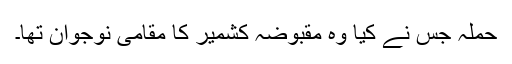
حملہ جس نے کیا وہ مقبوضہ کشمیر کا مقامی نوجوان تھا۔